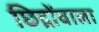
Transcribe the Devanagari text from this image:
छिद्रोंवाला